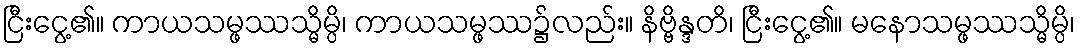
ငြီးငွေ့၏။ ကာယသမ္ဖဿသ္မိမ္ပိ၊ ကာယသမ္ဖဿ၌လည်း။ နိဗ္ဗိန္ဒတိ၊ ငြီးငွေ့၏။ မနောသမ္ဖဿသ္မိမ္ပိ၊